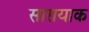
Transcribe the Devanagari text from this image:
सारायाक